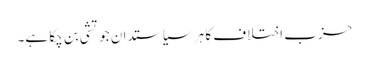
حزب اختلاف کا ہر سیاستدان جوتشی بن چکا ہے۔